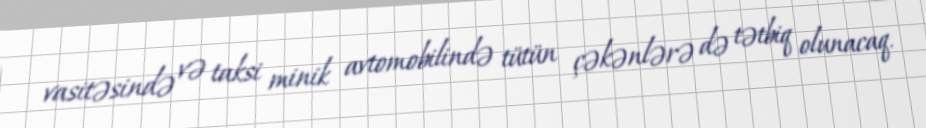
vasitəsində və taksi minik avtomobilində tütün çəkənlərə də tətbiq olunacaq.